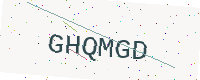
Text: GHQMGD